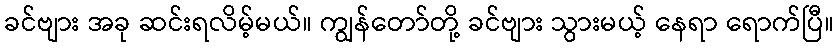
ခင်ဗျား အခု ဆင်းရလိမ့်မယ်။ ကျွန်တော်တို့ ခင်ဗျား သွားမယ့် နေရာ ရောက်ပြီ။